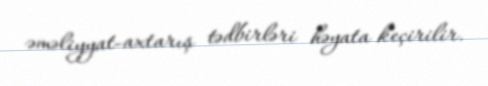
əməliyyat-axtarış tədbirləri həyata keçirilir.